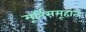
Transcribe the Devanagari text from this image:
मूर्तिसमूहात